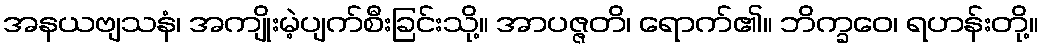
အနယဗျသနံ၊ အကျိုးမဲ့ပျက်စီးခြင်းသို့။ အာပဇ္ဇတိ၊ ရောက်၏။ ဘိက္ခဝေ၊ ရဟန်းတို့။